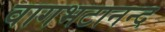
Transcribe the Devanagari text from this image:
वागभटानन्द